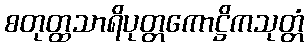
စတုတ္ထသာရိပုတ္တကောဋ္ဌိကသုတ္တံ